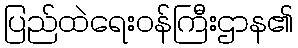
ပြည်ထဲရေးဝန်ကြီးဌာန၏